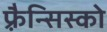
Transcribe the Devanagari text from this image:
फ़्रैन्सिस्को